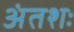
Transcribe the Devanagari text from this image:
अंतशः